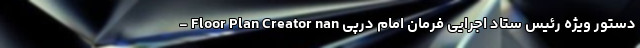
- Floor Plan Creator nan دستور ویژه رئیس ستاد اجرایی فرمان امام درپی